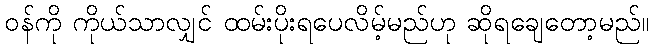
ဝန်ကို ကိုယ်သာလျှင် ထမ်းပိုးရပေလိမ့်မည်ဟု ဆိုရချေတော့မည်။